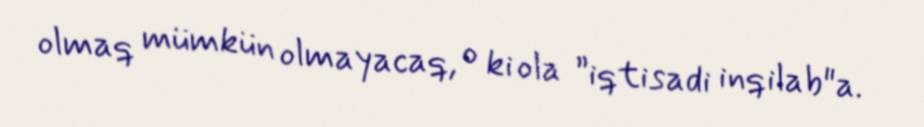
olmaq mümkün olmayacaq, o ki ola ”iqtisadi inqilab"a.